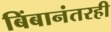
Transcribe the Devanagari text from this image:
बिंबानंतरही